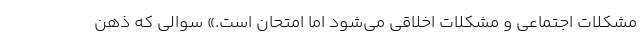
مشکلات اجتماعی و مشکلات اخلاقی می‌شود اما امتحان است.» سوالی که ذهن